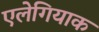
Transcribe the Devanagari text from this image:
एलेगियाक